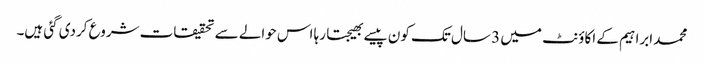
محمد ابراہیم کے اکاؤنٹ میں 3 سال تک کون پیسے بھیجتا رہا اس حوالے سے تحقیقات شروع کردی گئی ہیں۔